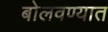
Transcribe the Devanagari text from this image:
बोलवण्यात